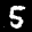
Label: 5